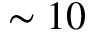
\sim 1 0